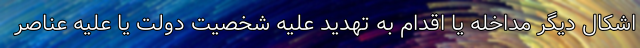
اشکال دیگر مداخله یا اقدام به تهدید علیه شخصیت دولت یا علیه عناصر